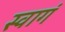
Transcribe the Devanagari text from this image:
स्वागं